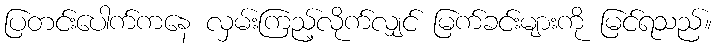
ပြတင်းပေါက်ကနေ လှမ်းကြည့်လိုက်လျှင် မြက်ခင်းများကို မြင်ရသည်။